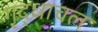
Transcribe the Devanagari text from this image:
गृद्धाचल